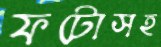
ফটোসহ